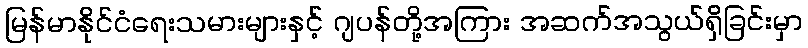
မြန်မာနိုင်ငံရေးသမားများနှင့် ဂျပန်တို့အကြား အဆက်အသွယ်ရှိခြင်းမှာ